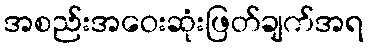
အစည်းအဝေးဆုံးဖြတ်ချက်အရ